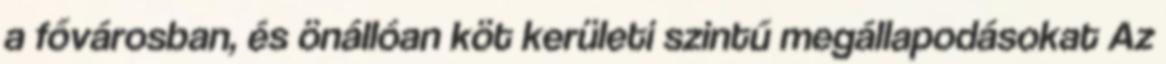
a fővárosban, és önállóan köt kerületi szintű megállapodásokat Az